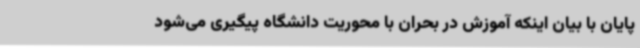
پایان با بیان اینکه آموزش در بحران با محوریت دانشگاه پیگیری می‌شود